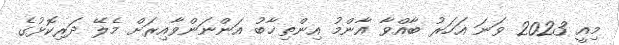
މިއީ 2023 ވަނަ އަހަރު ބާއްވާ އާންމު އިންތިޚާބު އަންނަންވާއިރަށް މެލޭ ދަރިކޮޅުގެ